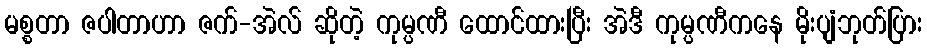
မစ္စတာ ဇပါတာဟာ ဇက်-အဲလ် ဆိုတဲ့ ကုမ္ပဏီ ထောင်ထားပြီး အဲဒီ ကုမ္ပဏီကနေ မိုးပျံဘုတ်ပြား